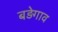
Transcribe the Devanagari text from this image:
बड़ेगाव